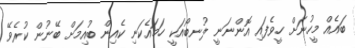
ބައެއް މީހުނަށް ހީވެފައި އޮންނަނީ ލުނބޯއަކީ ހަމައެކަނި ކެއިން ބުއިމަށް ބޭނުން ކުރެވޭ